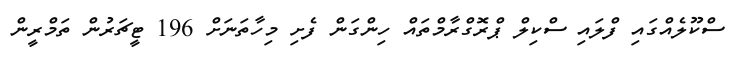
ސްކޫލެއްގައި ފްލައި ސްކިލް ޕްރޮގްރާމްތައް ހިންގަން ފެށި މިހާތަނަށް 196 ޓީޗަރުން ތަމްރީން